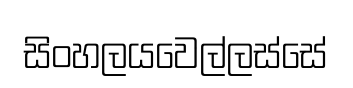
සිංහලයවෙල්ලස්සේ